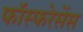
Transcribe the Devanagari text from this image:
फॉस्फरेसेंस